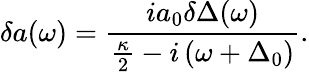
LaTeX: \delta{a}(\omega)=\frac{ia_{0}\delta{\Delta}(\omega)}{\frac{\kappa}{2}-i\left(\omega+\Delta_{0}\right)}.